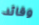
وقائد